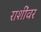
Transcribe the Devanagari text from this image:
राशींवर